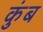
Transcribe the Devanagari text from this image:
कुंब